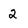
Character: 2